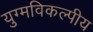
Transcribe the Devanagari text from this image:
युग्मविकल्पीय